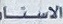
الاستا